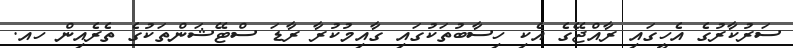
ސަރުކާރުގެ އެހީގައި ރާއްޖޭގެ އެކި ހިސާބުތަކުގައި ގާއިމުކުރާ ރާޑަ ސްޓޭޝަންތަކުގެ ތެރެއިން ހއ.